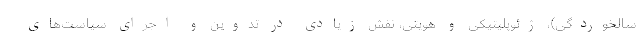
سالخوردگی)، ژئوپلیتیکی و هویتی، نقش زیادی در تدوین و اجرای سیاست‌های